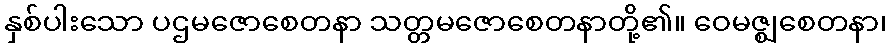
နှစ်ပါးသော ပဌမဇောစေတနာ သတ္တမဇောစေတနာတို့၏။ ဝေမဇ္ဈစေတနာ၊